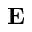
\mathbf { E }